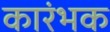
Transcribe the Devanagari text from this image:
कारंभक